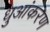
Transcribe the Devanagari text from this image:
धुआंकरण